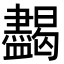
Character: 𥃞